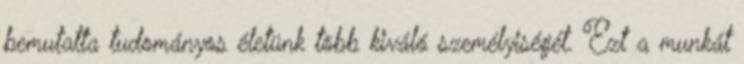
bemutatta tudományos életünk több kiváló személyiségét. Ezt a munkát